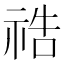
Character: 祰